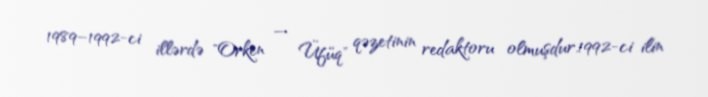
1989–1992-ci illərdə "Orken — Üfüq" qəzetinin redaktoru olmuşdur.1992-ci ilin